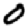
Digit: 0